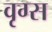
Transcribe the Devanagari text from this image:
वृग्स